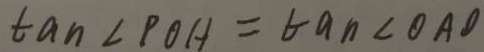
\tan \angle P O H = \tan < O A D